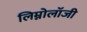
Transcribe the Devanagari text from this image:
लिम्नोलॉजी